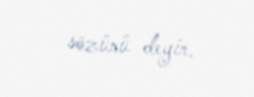
sözünü deyir.